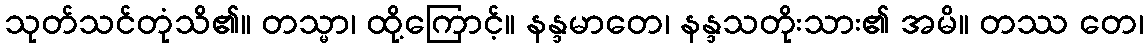
သုတ်သင်တုံသိ၏။ တသ္မာ၊ ထို့ကြောင့်။ နန္ဒမာတေ၊ နန္ဒသတိုးသား၏ အမိ။ တဿ တေ၊